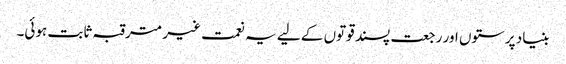
بنیاد پرستوں اور رجعت پسند قوتوں کے لیے یہ نعمت غیر مترقبہ ثابت ہوئی۔